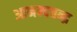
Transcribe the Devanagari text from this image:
आनन्दचन्द्र